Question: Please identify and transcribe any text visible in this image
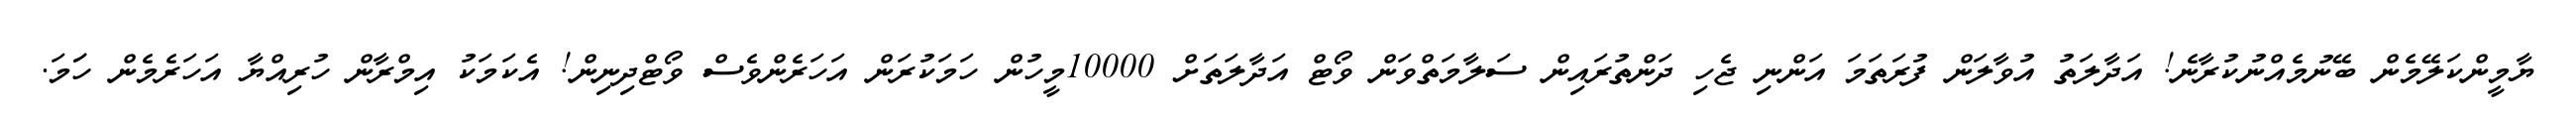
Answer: ޔާމީންކަލޭމެން ބޭނުމެއްނުކުރާނެ! އަދާލަތު އުވާލަން ފުރަތަމަ އަންނި ޖެހި ދަންތުރައިން ސަލާމަތްވަން ވޯޓް އަދާލަތަށް 10000މީހުން ހަމަކުރަން އަހަރެންވެސް ވޯޓްދިނިން! އެކަމަކު އިމްރާން ހުރިއްޔާ އަހަރެމެން ހަަމަ.